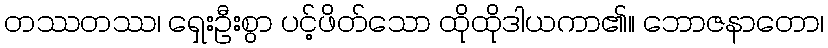
တဿတဿ၊ ရှေးဦးစွာ ပင့်ဖိတ်သော ထိုထိုဒါယကာ၏။ ဘောဇနာတော၊